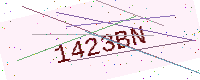
Text: 1423BN